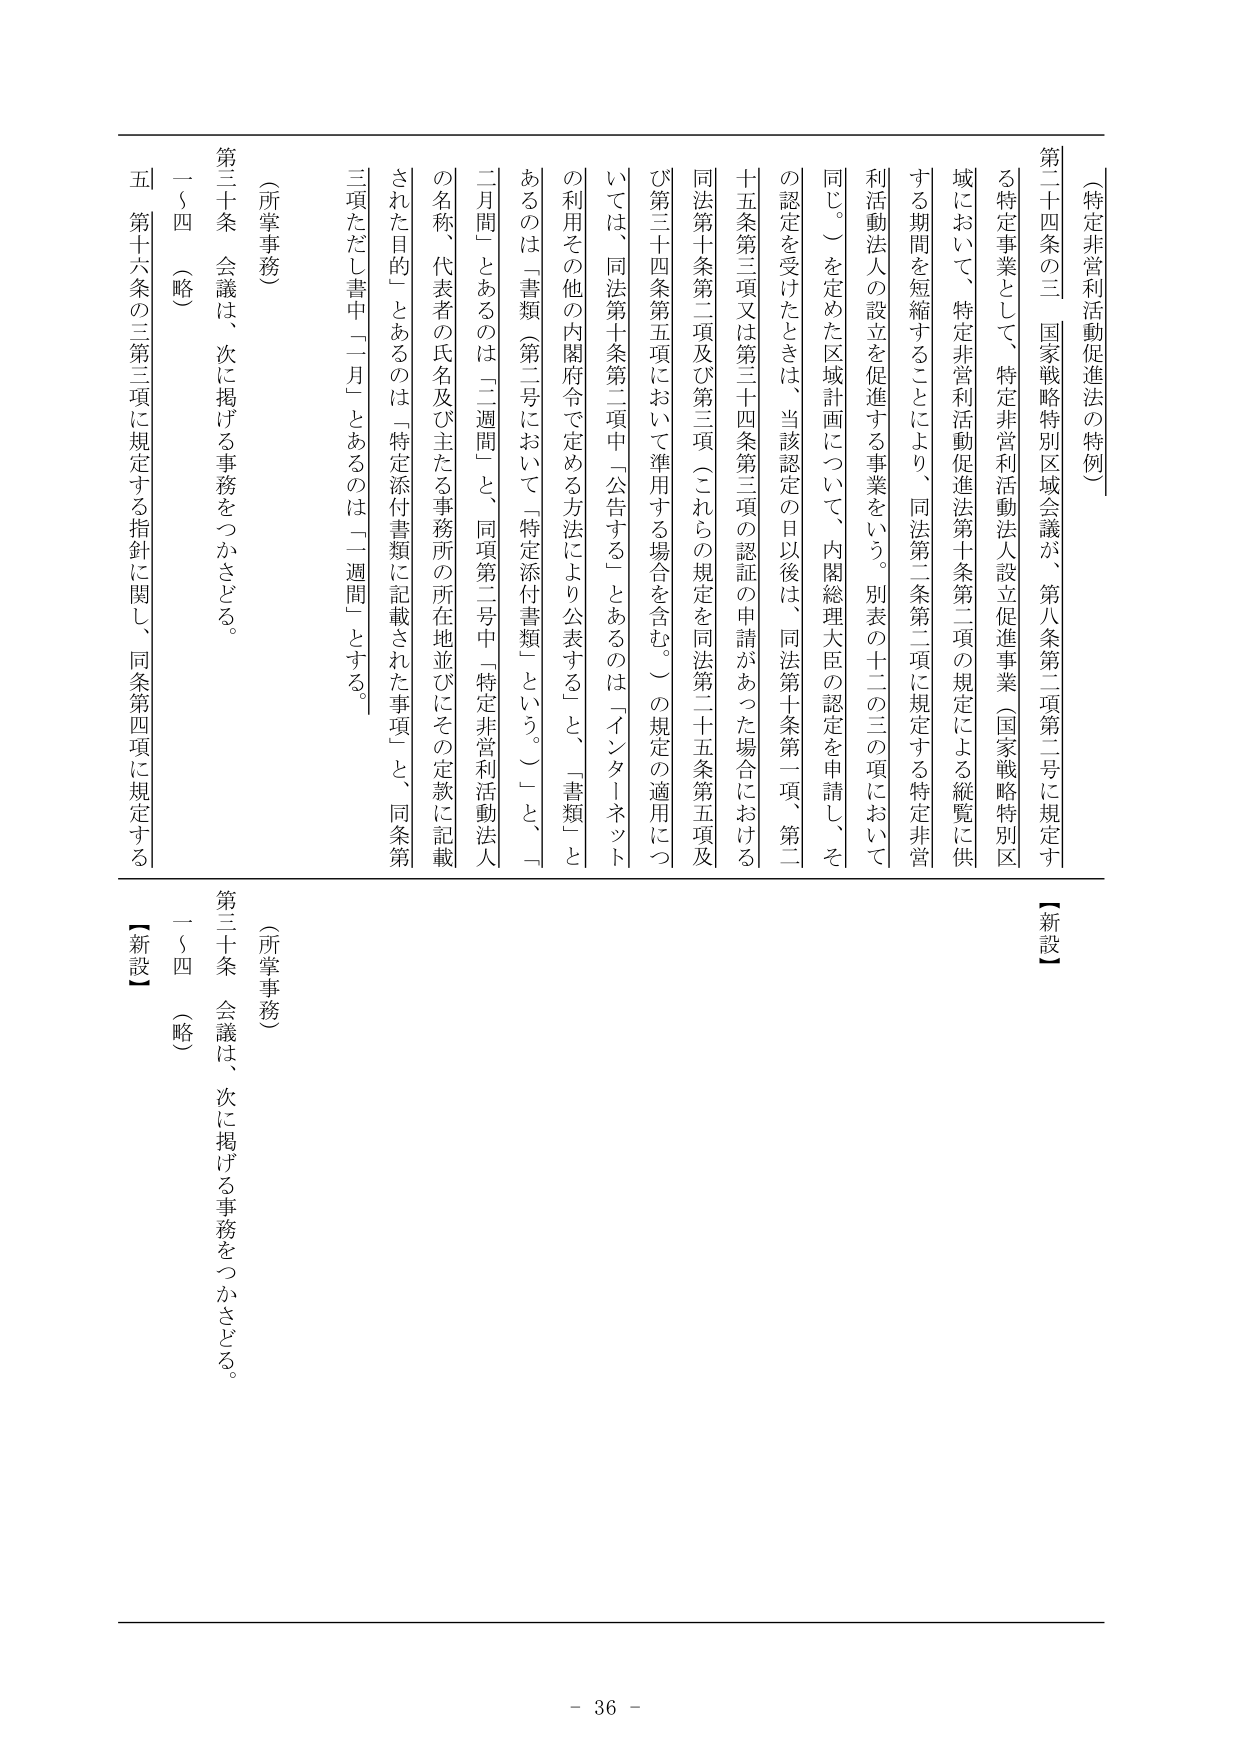
（特定非営利活動促進法の特例）

第二十四条の三　国家戦略特別区域会議が、第八条第二項第二号に規定する特定事業として、特定非営利活動法人設立促進事業（国家戦略特別区域において、特定非営利活動促進法第十条第二項の規定による縦覧に供する期間を短縮することにより、同法第二条第二項に規定する特定非営利活動法人の設立を促進する事業をいう。別表の十二の三の項において同じ。）を定めた区域計画について、内閣総理大臣の認定を申請し、その認定を受けたときは、当該認定の日以後は、同法第十条第一項、第二十五条第三項又は第三十四条第三項の認証の申請があった場合における同法第十条第二項及び第三項（これらの規定を同法第二十五条第五項及び第三十四条第五項において準用する場合を含む。）の規定の適用については、同法第十条第二項中「公告する」とあるのは「インターネットの利用その他の内閣府令で定める方法により公表する」と、「書類」とあるのは「書類（第二号において「特定添付書類」という。）」と、「二週間」とあるのは「二週間」と、同項第二号中「特定非営利活動法人の名称、代表者の氏名及び主たる事務所の所在地並びにその定款に記載された目的」とあるのは「特定添付書類に記載された事項」と、同条第三項ただし書中「一月」とあるのは「一週間」とする。

（所掌事務）

第三十条　会議は、次に掲げる事務をつかさどる。

一～四　（略）

五　第十六条の三第三項に規定する指針に関し、同条第四項に規定する

【新設】

（所掌事務）

第三十条　会議は、次に掲げる事務をつかさどる。

一～四　（略）

- 36 -